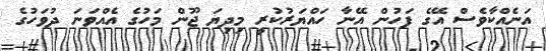
އަނެއްކާވެސް އޭގެ ފަހުން އޭނާ ހައްޔަރުކުރީ މިދިޔަ ޖޫން މަހުގެ އެއްވަނަ ދުވަހުގެ